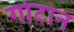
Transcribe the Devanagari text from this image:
गोटान